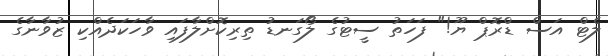
ލެޓް އަސް ޑްރޮޕް ޔޫ!" ފަހަތު ސީޓުގެ ލޯގަނޑު ތިރިކޮށްލާފައި ވާހަކަދެއްކި ޒުވާނާގެ